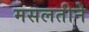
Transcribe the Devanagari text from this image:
मसलतीने